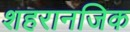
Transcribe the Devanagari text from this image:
शहरानजिक